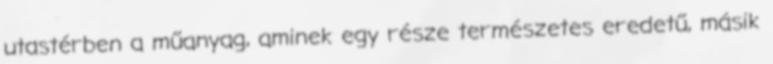
utastérben a műanyag, aminek egy része természetes eredetű, másik